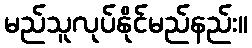
မည်သူလုပ်နိုင်မည်နည်း။